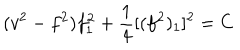
( v ^ { 2 } - f ^ { 2 } ) f _ { 1 } ^ { 2 } + \frac { 1 } { 4 } [ ( f ^ { 2 } ) _ { 1 } ] ^ { 2 } = C